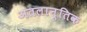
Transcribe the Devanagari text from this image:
अतलान्तिक